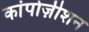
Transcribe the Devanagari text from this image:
कांपोज़ीशन